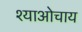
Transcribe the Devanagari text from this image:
श्याओचाय